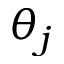
\theta _ { j }